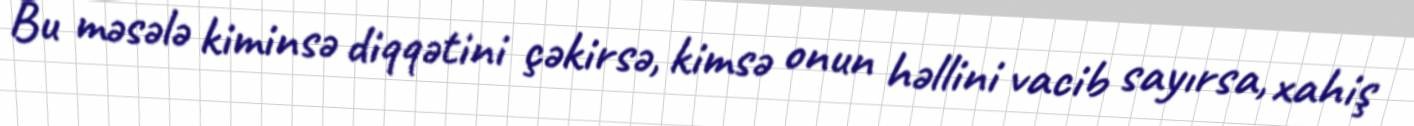
Bu məsələ kiminsə diqqətini çəkirsə, kimsə onun həllini vacib sayırsa, xahiş